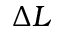
\Delta L